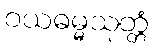
ဝယဓမ္မသုတ္တံ